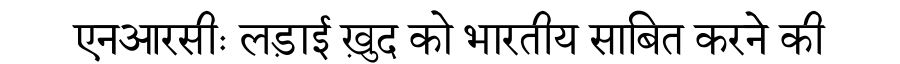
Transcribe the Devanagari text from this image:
एनआरसीः लड़ाई ख़ुद को भारतीय साबित करने की